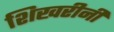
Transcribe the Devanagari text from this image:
शिखरीनी